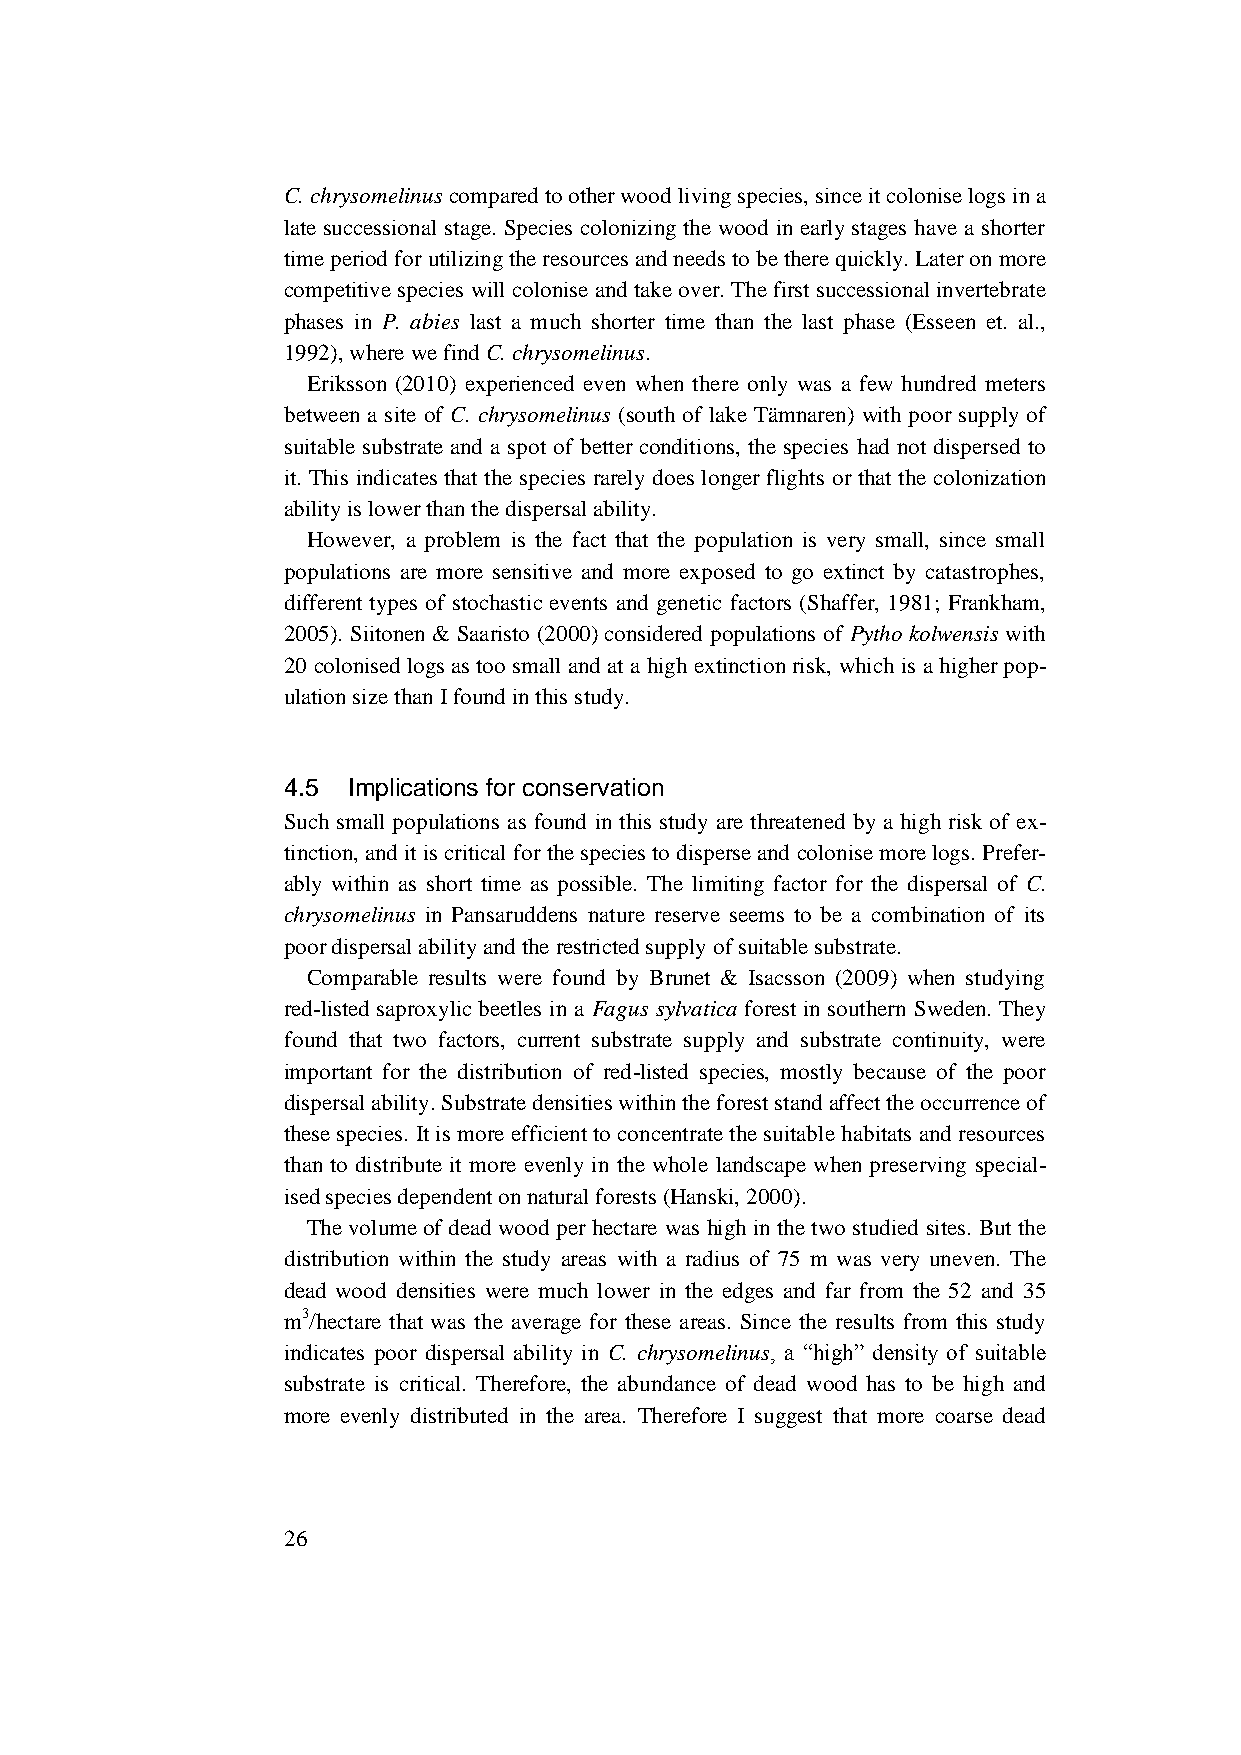
C. chrysomelinus compared to other wood living species, since it colonise logs in a
 late successional stage. Species colonizing the wood in early stages have a shorter
 time period for utilizing the resources and needs to be there quickly. Later on more
 competitive species will colonise and take over. The first successional invertebrate
 phases in P. abies last a much shorter time than the last phase (Esseen et. al.,
 1992), where we find C. chrysomelinus.
 Eriksson (2010) experienced even when there only was a few hundred meters
 between a site of C. chrysomelinus (south of lake Tämnaren) with poor supply of
 suitable substrate and a spot of better conditions, the species had not dispersed to
 it. This indicates that the species rarely does longer flights or that the colonization
 ability is lower than the dispersal ability.
 However, a problem is the fact that the population is very small, since small
 populations are more sensitive and more exposed to go extinct by catastrophes,
 different types of stochastic events and genetic factors (Shaffer, 1981; Frankham,
 2005). Siitonen & Saaristo (2000) considered populations of Pytho kolwensis with
 20 colonised logs as too small and at a high extinction risk, which is a higher pop-
 ulation size than I found in this study.
 4.5 Implications for conservation
 Such small populations as found in this study are threatened by a high risk of ex-
 tinction, and it is critical for the species to disperse and colonise more logs. Prefer-
 ably within as short time as possible. The limiting factor for the dispersal of C.
 chrysomelinus in Pansaruddens nature reserve seems to be a combination of its
 poor dispersal ability and the restricted supply of suitable substrate.
 Comparable results were found by Brunet & Isacsson (2009) when studying
 red-listed saproxylic beetles in a Fagus sylvatica forest in southern Sweden. They
 found that two factors, current substrate supply and substrate continuity, were
 important for the distribution of red-listed species, mostly because of the poor
 dispersal ability. Substrate densities within the forest stand affect the occurrence of
 these species. It is more efficient to concentrate the suitable habitats and resources
 than to distribute it more evenly in the whole landscape when preserving special-
 ised species dependent on natural forests (Hanski, 2000).
 The volume of dead wood per hectare was high in the two studied sites. But the
 distribution within the study areas with a radius of 75 m was very uneven. The
 dead wood densities were much lower in the edges and far from the 52 and 35
 m3/hectare that was the average for these areas. Since the results from this study
 indicates poor dispersal ability in C. chrysomelinus, a “high” density of suitable
 substrate is critical. Therefore, the abundance of dead wood has to be high and
 more evenly distributed in the area. Therefore I suggest that more coarse dead
 26